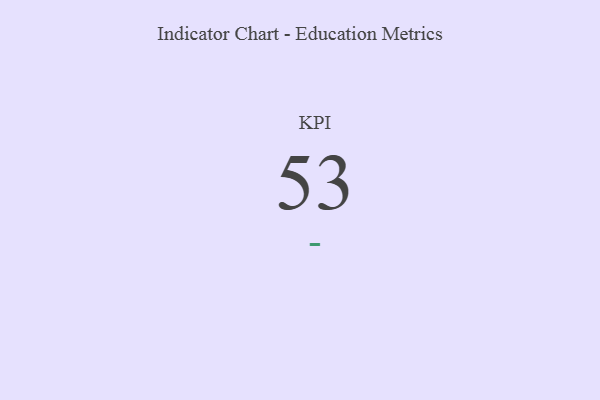
{"axis": {"x": "KPI", "y": "Value"}, "legend": [""], "data": [{"x": "KPI", "y": 53, "type": ""}]}